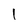
Character: I